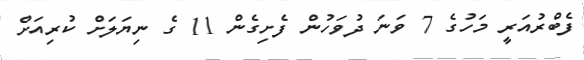
ފެބްރުއަރީ މަހުގެ 7 ވަނަ ދުވަހުން ފެށިގެން 11 ގެ ނިޔަލަށް ކުރިއަށް